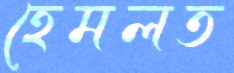
হেমলত